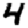
Digit: 4